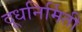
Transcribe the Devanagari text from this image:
दूधनिर्मिती